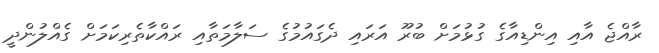
ރާއްޖެ އާއި އިންޑިއާގެ ގުޅުމަށް ބުރޫ އަރައި ދެގައުމުގެ ސަލާމަތާއި ރައްކާތެރިކަމަށް ގެއްލުންދީ